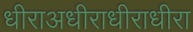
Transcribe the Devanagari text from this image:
धीराअधीराधीराधीरा